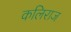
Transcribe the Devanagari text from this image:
कलिराज